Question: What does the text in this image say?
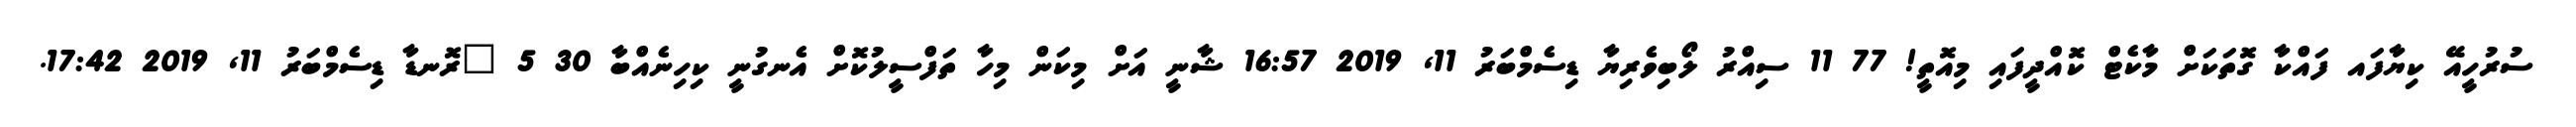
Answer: ސުރުހީއޭ ކިޔާފައ ފައްކާ ގޮތަކަށް މާކެޓް ކޮއްދީފައި މިއޮތީ! 77 11 ސިއްރު ލޯބިވެރިޔާ ޑިސެމްބަރު 11, 2019 16:57 ޝާނީ އަށް މިކަން މިހާ ތަފްސީލުކޮށް އެނގުނީ ކިހިނެއްބާ 30 5 ?ރޮނޑާ ޑިސެމްބަރު 11, 2019 17:42.